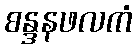
စန္ဒနဖလကံ